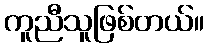
ကူညီသူဖြစ်တယ်။